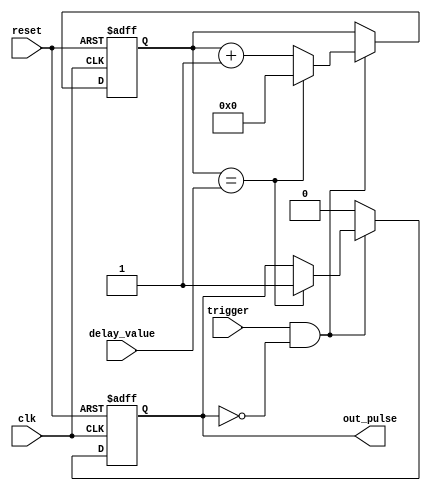
module one_shot_timer (
    input clk,
    input reset,
    input trigger,
    input [7:0] delay_value,
    output reg out_pulse
);

reg [7:0] counter;

always @(posedge clk or posedge reset) begin
    if (reset) begin
        counter <= 8'b0;
        out_pulse <= 1'b0;
    end else begin
        if (trigger & ~out_pulse) begin
            counter <= counter + 1;
            if (counter == delay_value) begin
                out_pulse <= 1'b1;
                counter <= 8'b0;
            end
        end else begin
            out_pulse <= 1'b0;
        end
    end
end

endmodule